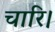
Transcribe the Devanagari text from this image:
चारि।